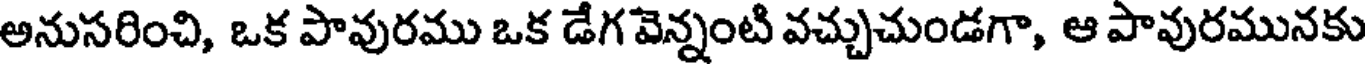
అనుసరించి, ఒక పావురము ఒక డేగ వెన్నంటి వచ్చుచుండగా, ఆ పావురమునకు